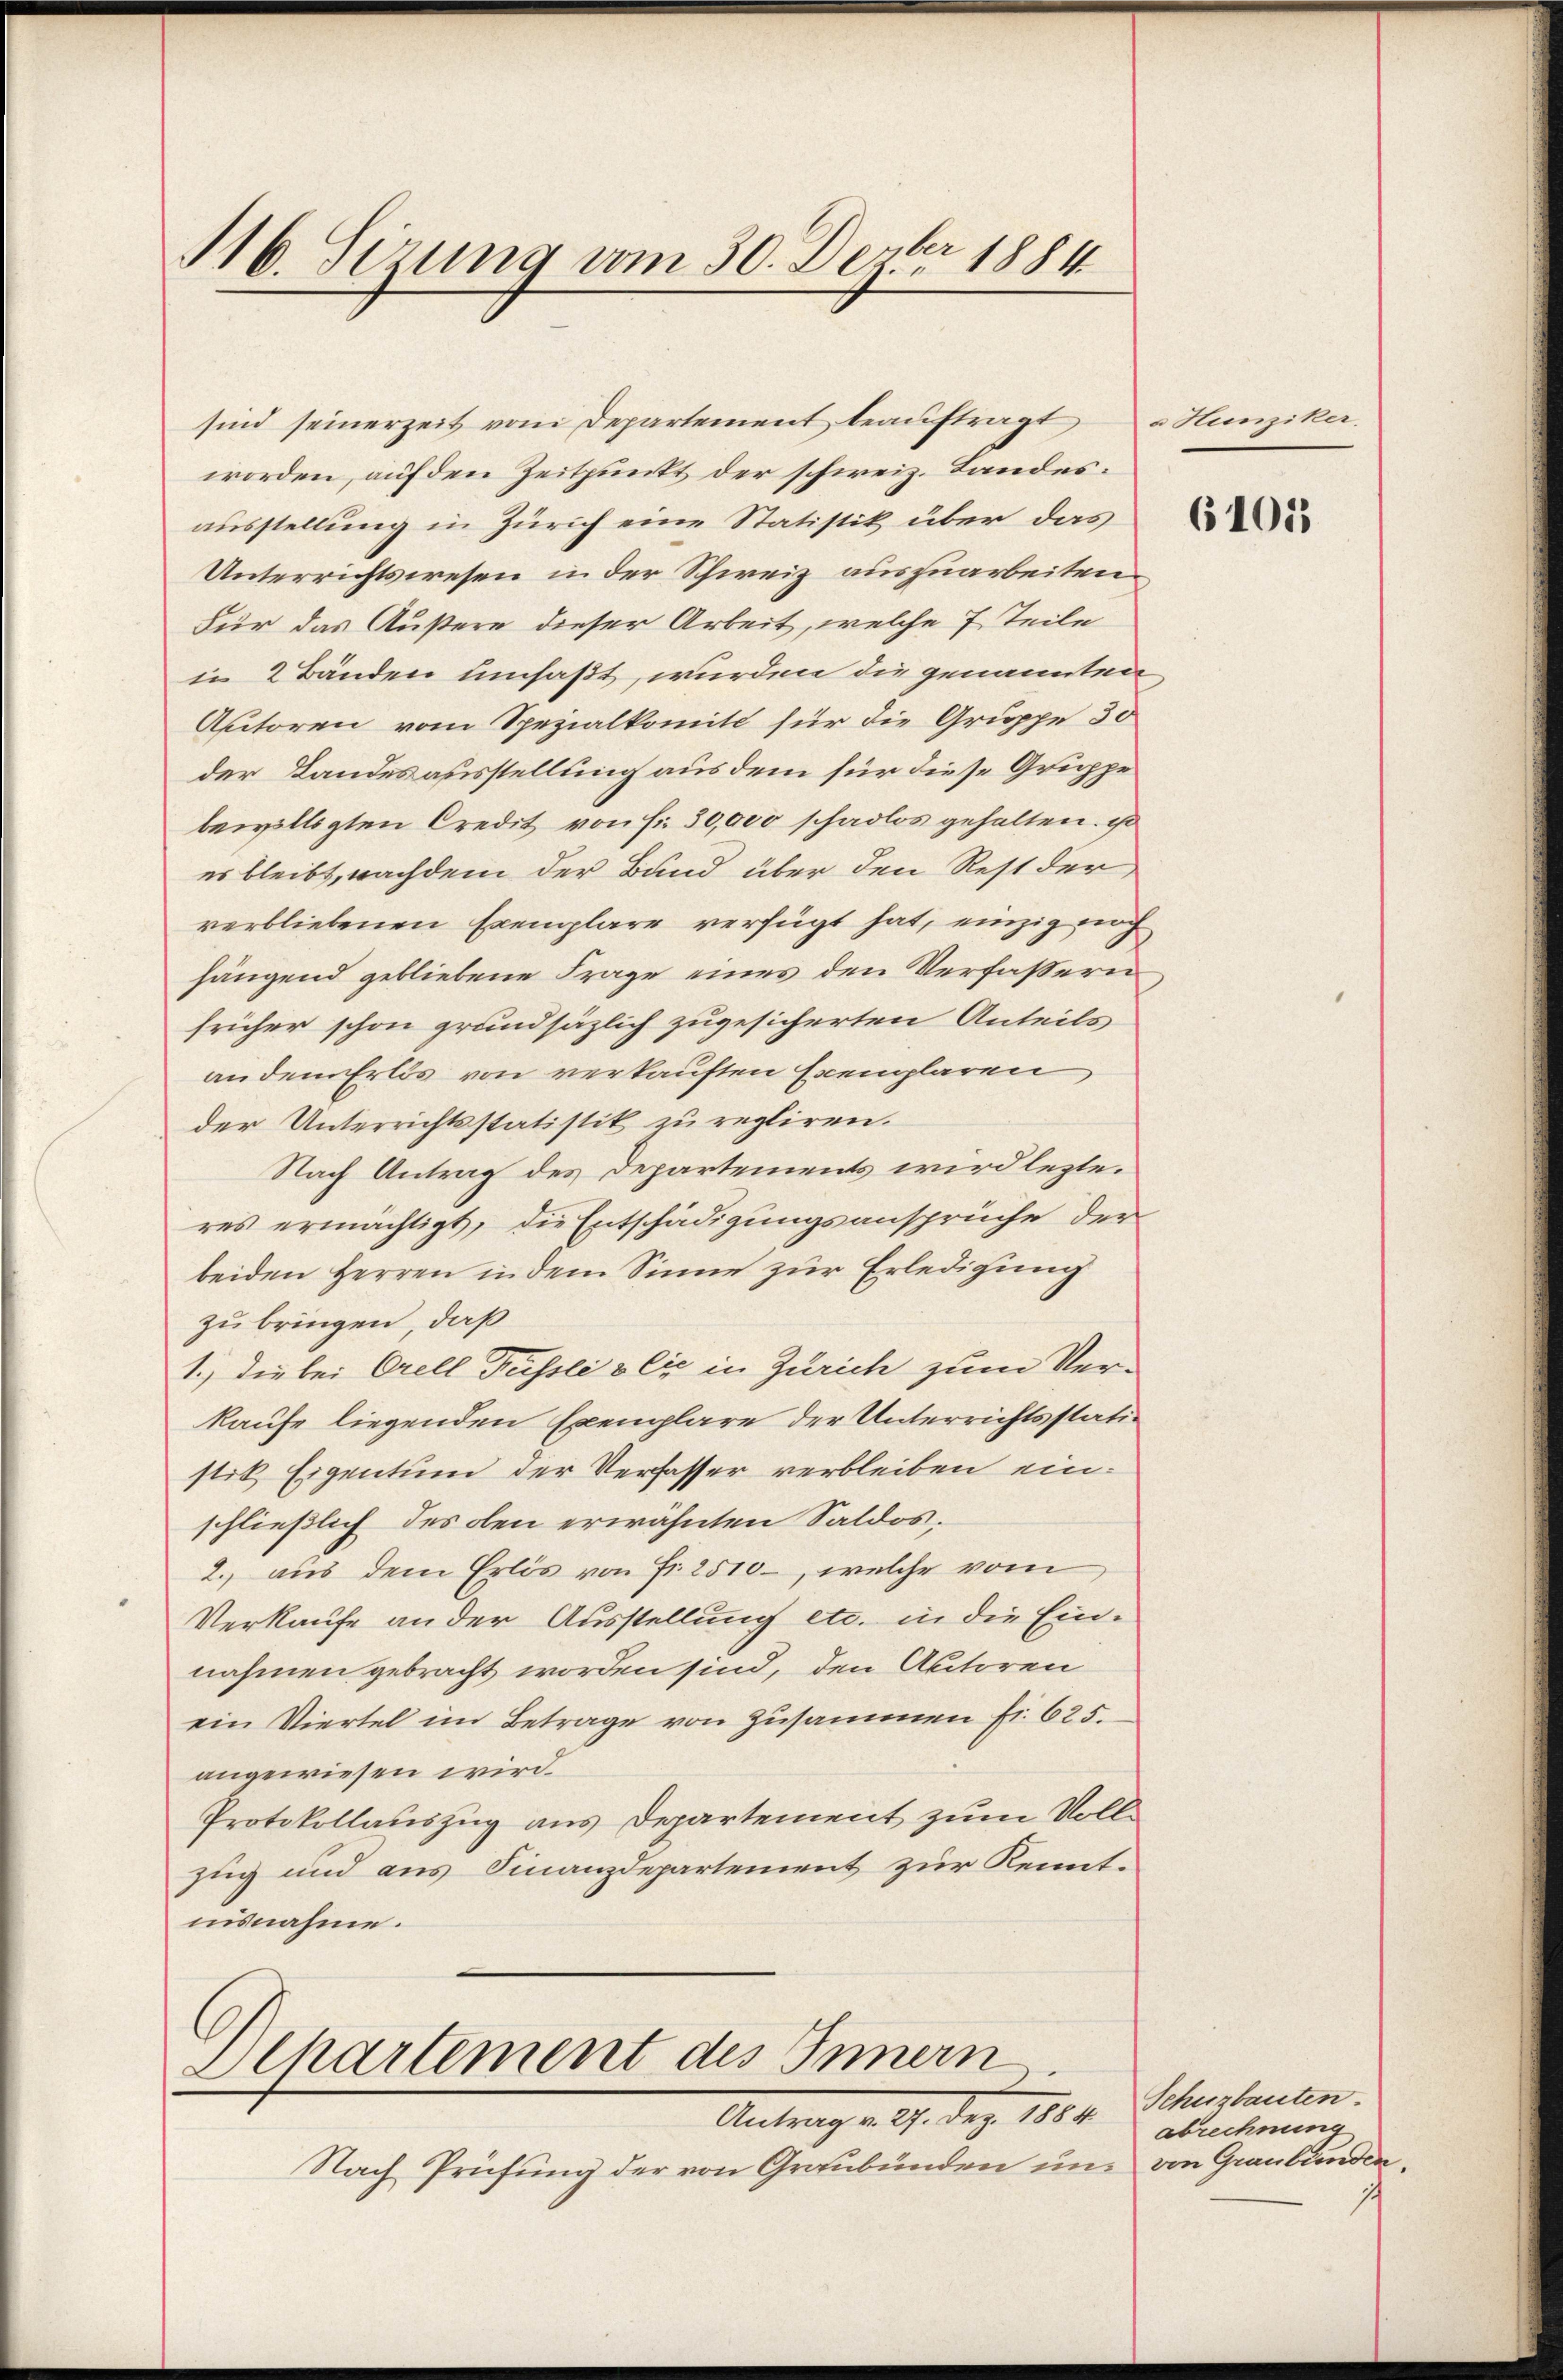
M. Sizung vom 30. Devber 1884

sind seinerzeit vom Departement beauftragt
worden, auf den Zeitpunkt der schweiz. Landesausstellung in Zürich eine Statistik über das
Unterrichtswesen in der Schweiz auszuarbeiten
Für das Äußere dieser Arbeit, welche 7 Teile
in 2 Bänden umfaßt, wurden die genannten
Autoren vom Spezialkomit für die Gruppe 30
der Landesausstellung aus dem für diese Gruppe
bewilligten Credit von Fr. 30,000 schadlos gehalten. ist
es bleibt, nachdem der Band über den Rest der
verbliebenen Exemplare verfügt hat, einzig noch
hängend gebliebene Frage eines den Verfassern
früher schon grundsäzlich zugesicherten Anteils
an dem Erlös von verkauften Exemplaren
der Unterrichtsstatistik zu regliren.
Nach Antrag des Departements wird lezte.
res ermächtigt, die Entschädigungsansprüche der
beiden Herren in dem Sinne zur Erledigung
zu bringen, daß
1.) Die bei Orell Füssli & Cie in Zürich zum Verkaufe liegenden Exemplare der Unterrichtsstatistik Eigentum der Verfasser verbleiben einschließlich des oben erwähnten Saldos,
2. aus dem Erlös von Fr. 2510, welche vom
Verkaufe an der Ausstellung etc. in die Einnahmen gebracht worden sind, den Autoren
ein Viertel im Betrage von Zusammen fr. 625.
angewiesen wird.
Protokollauszug aus Departement zum Vollzug und aus Finanzdepartement zur Kenntnisnahme.

Departement des Innern
Antragte I. Sei

Nach Prüfung der von Graubünden un

a Hunziker.

61015

Schuzbauten.
abrechnung
von Graubünden.
j